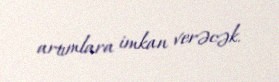
artımlara imkan verəcək.